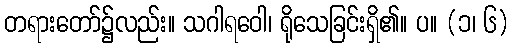
တရားတော်၌လည်း။ သဂါရဝေါ၊ ရိုသေခြင်းရှိ၏။ ပ။ (၁၊ ၆)